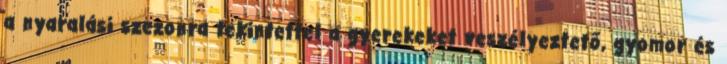
a nyaralási szezonra tekintettel a gyerekeket veszélyeztető, gyomor és